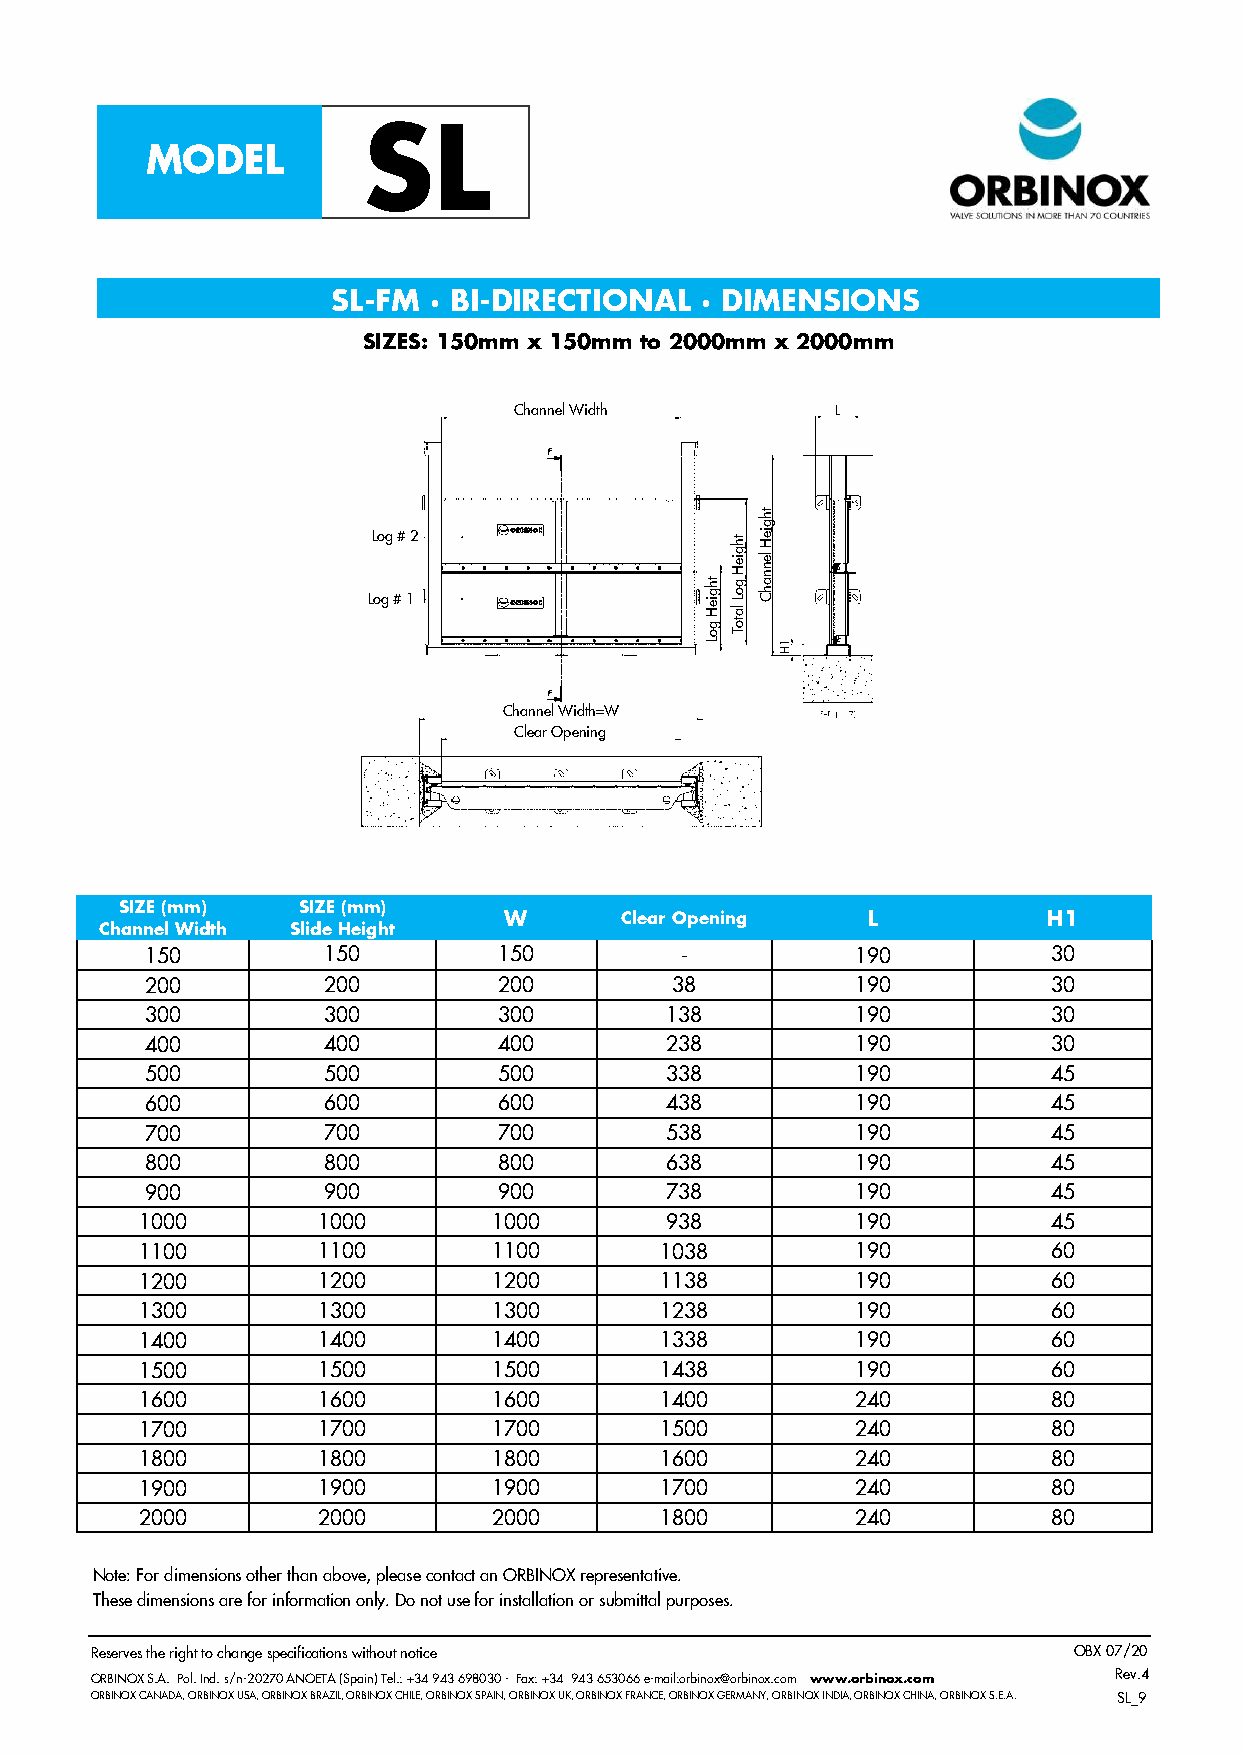
SL
 MODEL
 SL-FM · BI-DIRECTIONAL  · DIMENSIONS
 SIZES: 150mm x 150mm to 2000mm x 2000mm
 Channel Width
 th
 Log # 2                th
 g
 ie H
 Log # 1
 th
 g ie
 H
 g ie
 H
 g
 o L
 la
 le
 n n
 a
 h C
 g o to T
 L
 Channel Width=W
 Clear Opening
 SIZE (mm)   SIZE (mm)
 W       Clear Opening   L           H1
 Channel Width Slide Height
 150        150         150         -           190          30
 200        200         200        38           190          30
 300        300         300        138          190          30
 400        400         400        238          190          30
 500        500         500        338          190          45
 600        600         600        438          190          45
 700        700         700        538          190          45
 800        800         800        638          190          45
 900        900         900        738          190          45
 1000        1000        1000       938          190          45
 1100        1100        1100       1038         190          60
 1200        1200        1200       1138         190          60
 1300        1300        1300       1238         190          60
 1400        1400        1400       1338         190          60
 1500        1500        1500       1438         190          60
 1600        1600        1600       1400         240          80
 1700        1700        1700       1500         240          80
 1800        1800        1800       1600         240          80
 1900        1900        1900       1700         240          80
 2000        2000        2000       1800         240          80
 Note: For dimensions other than above, please contact an ORBINOX representative.
 These dimensions are for information only. Do not use for installation or submittal purposes.
 Reserves the right to change specifications without notice       OBX 07/20
 ORBINOX S.A. Pol. Ind. s/n-20270 ANOETA (Spain) Tel.: +34 943 698030 - Fax: +34 943 653066 e-mail:orbinox@orbinox.com www.orbinox.com R e v . 4
 ORBINOX CANADA, ORBINOX USA, ORBINOX BRAZIL, ORBINOX CHILE, ORBINOX SPAIN, ORBINOX UK, ORBINOX FRANCE, ORBINOX GERMANY, ORBINOX INDIA, ORBINOX CHINA, ORBINOX S.E.A. SL_9